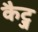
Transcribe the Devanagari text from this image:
कैट्ज